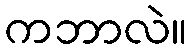
ကဘာလဲ။